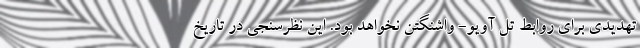
تهدیدی برای روابط تل آویو- واشنگتن نخواهد بود. این نظرسنجی در تاریخ